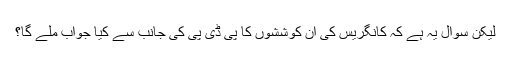
لیکن سوال یہ ہے کہ کانگریس کی ان کوششوں کا پی ڈی پی کی جانب سے کیا جواب ملے گا؟